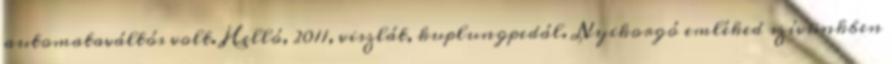
automataváltós volt. Helló, 2011, viszlát, kuplungpedál. Nyikorgó emléked szívünkben